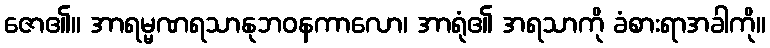
ဇော၏။ အာရမ္မဏရသာနုဘဝနကာလော၊ အာရုံ၏ အရသာကို ခံစားရာအခါကို။